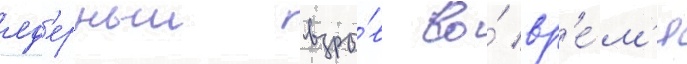
яд'ерныи взры́в во́ вр'е́м'я